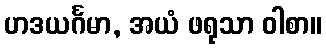
ဟဒယင်္ဂမာ, အယံ ဖရုသာ ဝါစာ။